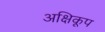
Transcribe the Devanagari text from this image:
अक्षिकूप